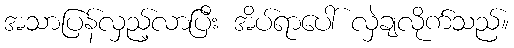
အသာပြန်လှည့်လာပြီး အိပ်ရာပေါ် လှဲချလိုက်သည်။